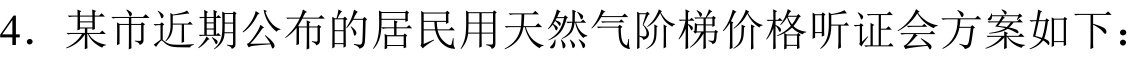
4. 某市近期公布的居民用天然气阶梯价格听证会方案如下：